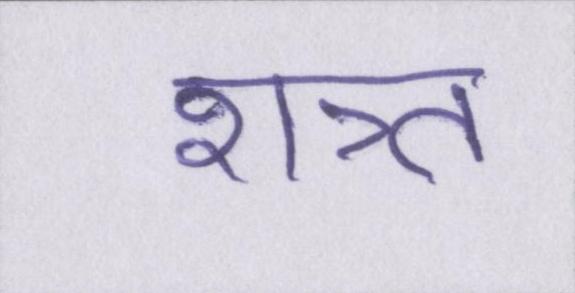
शत्र्त